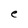
Character: e